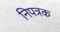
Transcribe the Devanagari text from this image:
निपत्रक